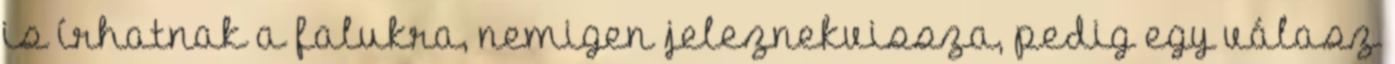
is írhatnak a falukra, nemigen jeleznekvissza, pedig egy válasz